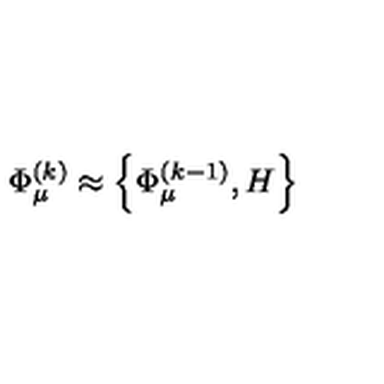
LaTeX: \Phi _ { \mu } ^ { ( k ) } \approx \left\{ \Phi _ { \mu } ^ { ( k - 1 ) } , H \right\}